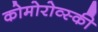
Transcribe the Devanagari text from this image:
कोमोरोव्स्की